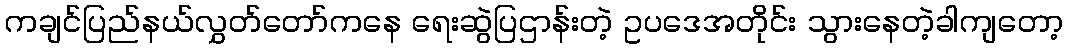
ကချင်ပြည်နယ်လွှတ်တော်ကနေ ရေးဆွဲပြဌာန်းတဲ့ ဥပဒေအတိုင်း သွားနေတဲ့ခါကျတော့